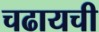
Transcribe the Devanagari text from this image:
चढायची